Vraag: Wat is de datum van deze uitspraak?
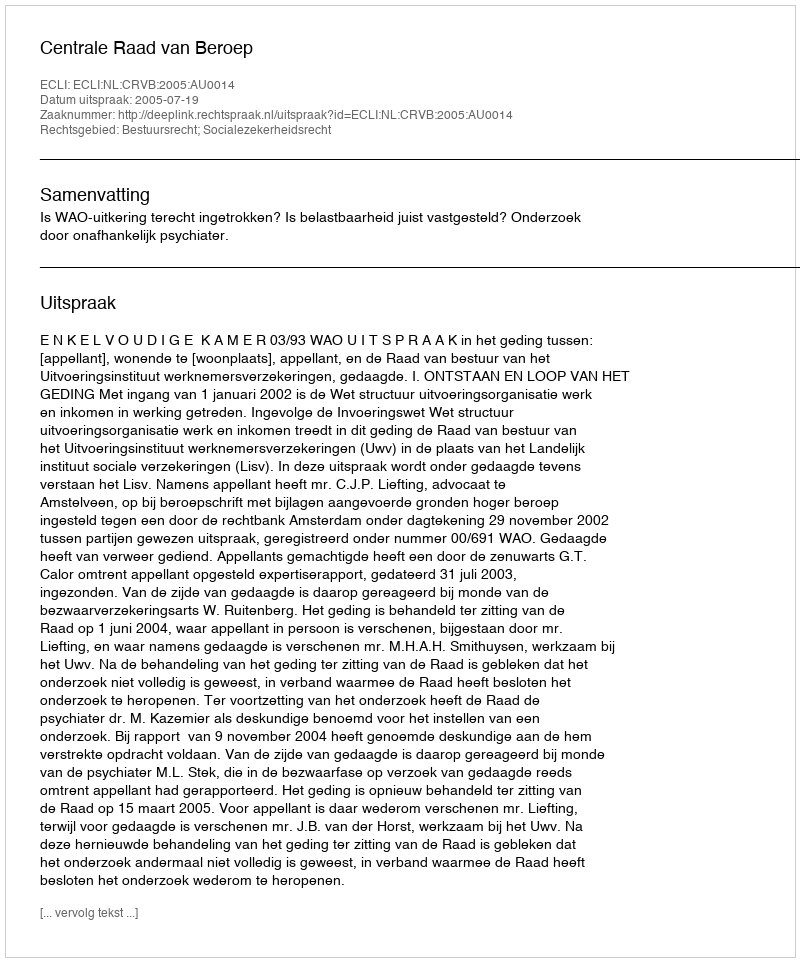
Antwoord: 2005-07-19